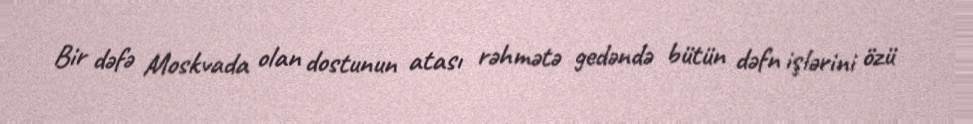
Bir dəfə Moskvada olan dostunun atası rəhmətə gedəndə bütün dəfn işlərini özü